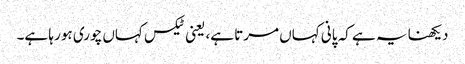
دیکھنا یہ ہے کہ پانی کہاں مرتا ہے، یعنی ٹیکس کہاں چوری ہو رہا ہے۔